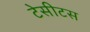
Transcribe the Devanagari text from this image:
टेसीटस